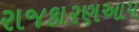
રાજકારણઆપ